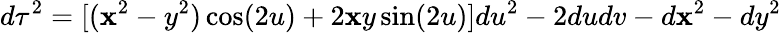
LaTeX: d\tau^{2}=[(\mathbf{x}^{2}-y^{2})\cos(2u)+2\mathbf{x}y\sin(2u)]du^{2}-2dudv-d\mathbf{x}^{2}-dy^{2}